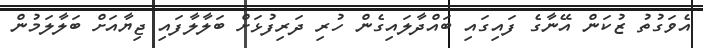
އެވަގުތު ޒުކަން އޭނާގެ ފައިގައި ބައްދާލައިގެން ހުރި ދަރިފުޅަށް ބަލާލާފައި ޖިޔާއަށް ބަލާލަމުން